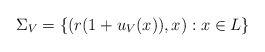
\begin{align*}\Sigma_V = \{ (r(1 + u_V (x)), x ) : x \in L\}\end{align*}